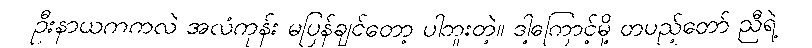
ဦးနာယကကလဲ အလံကုန်း မပြန်ချင်တော့ ပါဘူးတဲ့။ ဒါ့ကြောင့်မို့ တပည့်တော် ညီရဲ့